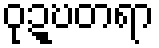
ဝုဍ္ဎတရာ